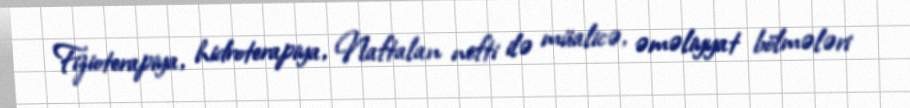
Fizioterapiya, hidroterapiya, Naftalan nefti ilə müalicə, əməliyyat bölmələri